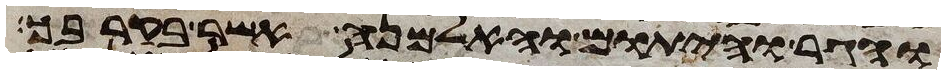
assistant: והגר והיתום והאלמנה אשר בקרבך